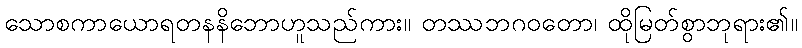
သောစကာယောရတနနိဘောဟူသည်ကား။ တဿဘဂဝတော၊ ထိုမြတ်စွာဘုရား၏။